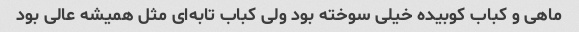
ماهی و‌ کباب کوبیده خیلی سوخته بود ولی کباب تابه‌ای مثل همیشه عالی بود